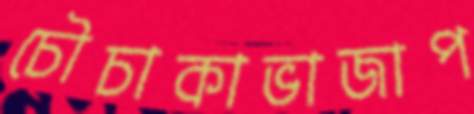
চৌচাকাভাজাপ